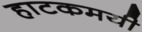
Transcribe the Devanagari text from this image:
हाटकमयी